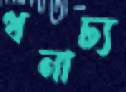
ধনাঢ্য